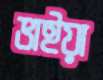
ভাইয়া